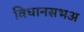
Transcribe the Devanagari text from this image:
विधानसभअ